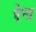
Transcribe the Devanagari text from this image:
ऐन्‍द्र